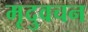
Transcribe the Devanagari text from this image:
मृदुवचन